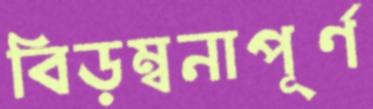
বিড়ম্বনাপূর্ণ